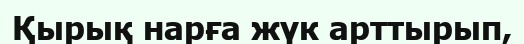
Қырық нарға жүк арттырып,